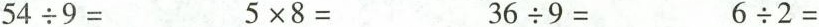
$$5 4 \div 9 =$$$$5 \times 8 =$$$$3 6 \div 9 =$$$$6 \div 2 =$$